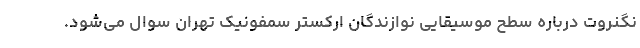
نگنروت درباره سطح موسیقایی نوازندگان ارکستر سمفونیک تهران سوال می‌شود.